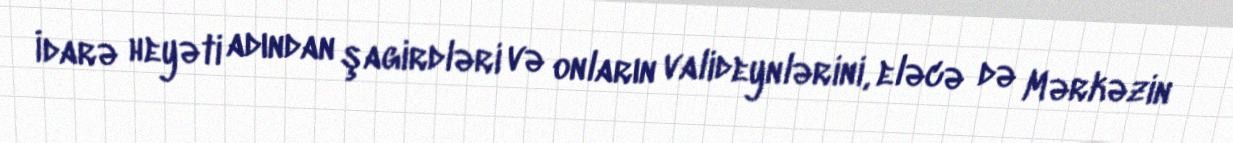
İdarə heyəti adından şagirdləri və onların valideynlərini, eləcə də Mərkəzin